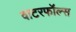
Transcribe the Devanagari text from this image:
वाटरफॉल्स